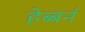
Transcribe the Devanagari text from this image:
हेब्बर्न